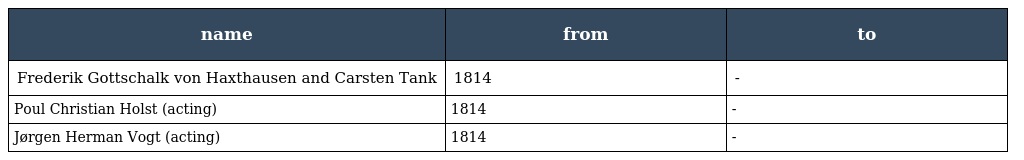
| name | from | to |
 | --- | --- | --- |
 | Frederik Gottschalk von Haxthausen and Carsten Tank | 1814 | - |
 | Poul Christian Holst (acting) | 1814 | - |
 | Jørgen Herman Vogt (acting) | 1814 | - |